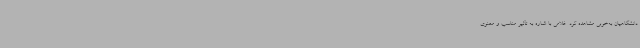
دانشگاهیان به‌خوبی مشاهده کرد. غلامی با اشاره به تأثیر مناسب و معنوی